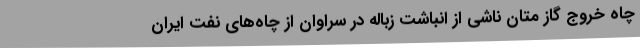
چاه خروج گاز متان ناشی از انباشت زباله در سراوان از چاه‌های نفت ایران